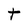
Character: t